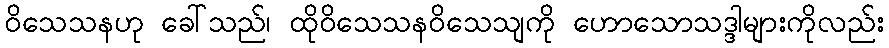
ဝိသေသနဟု ခေါ်သည်၊ ထိုဝိသေသနဝိသေသျကို ဟောသောသဒ္ဒါများကိုလည်း